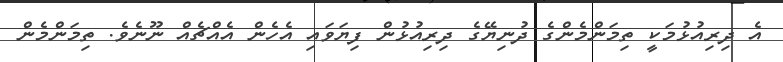
އެ ދިރިއުޅުމަކީ ތިމަންމެންގެ ދުނިޔޭގެ ދިރިއުޅުން ފިޔަވައި އެހެން އެއްޗެއް ނޫނެވެ. ތިމަންމެން